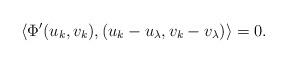
LaTeX: \begin{align*} \langle \Phi'(u_k,v_k ), (u_k-u_{\lambda}, v_k-v_{\lambda})\rangle = 0. \end{align*}